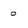
Character: 0